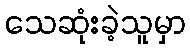
သေဆုံးခဲ့သူမှာ